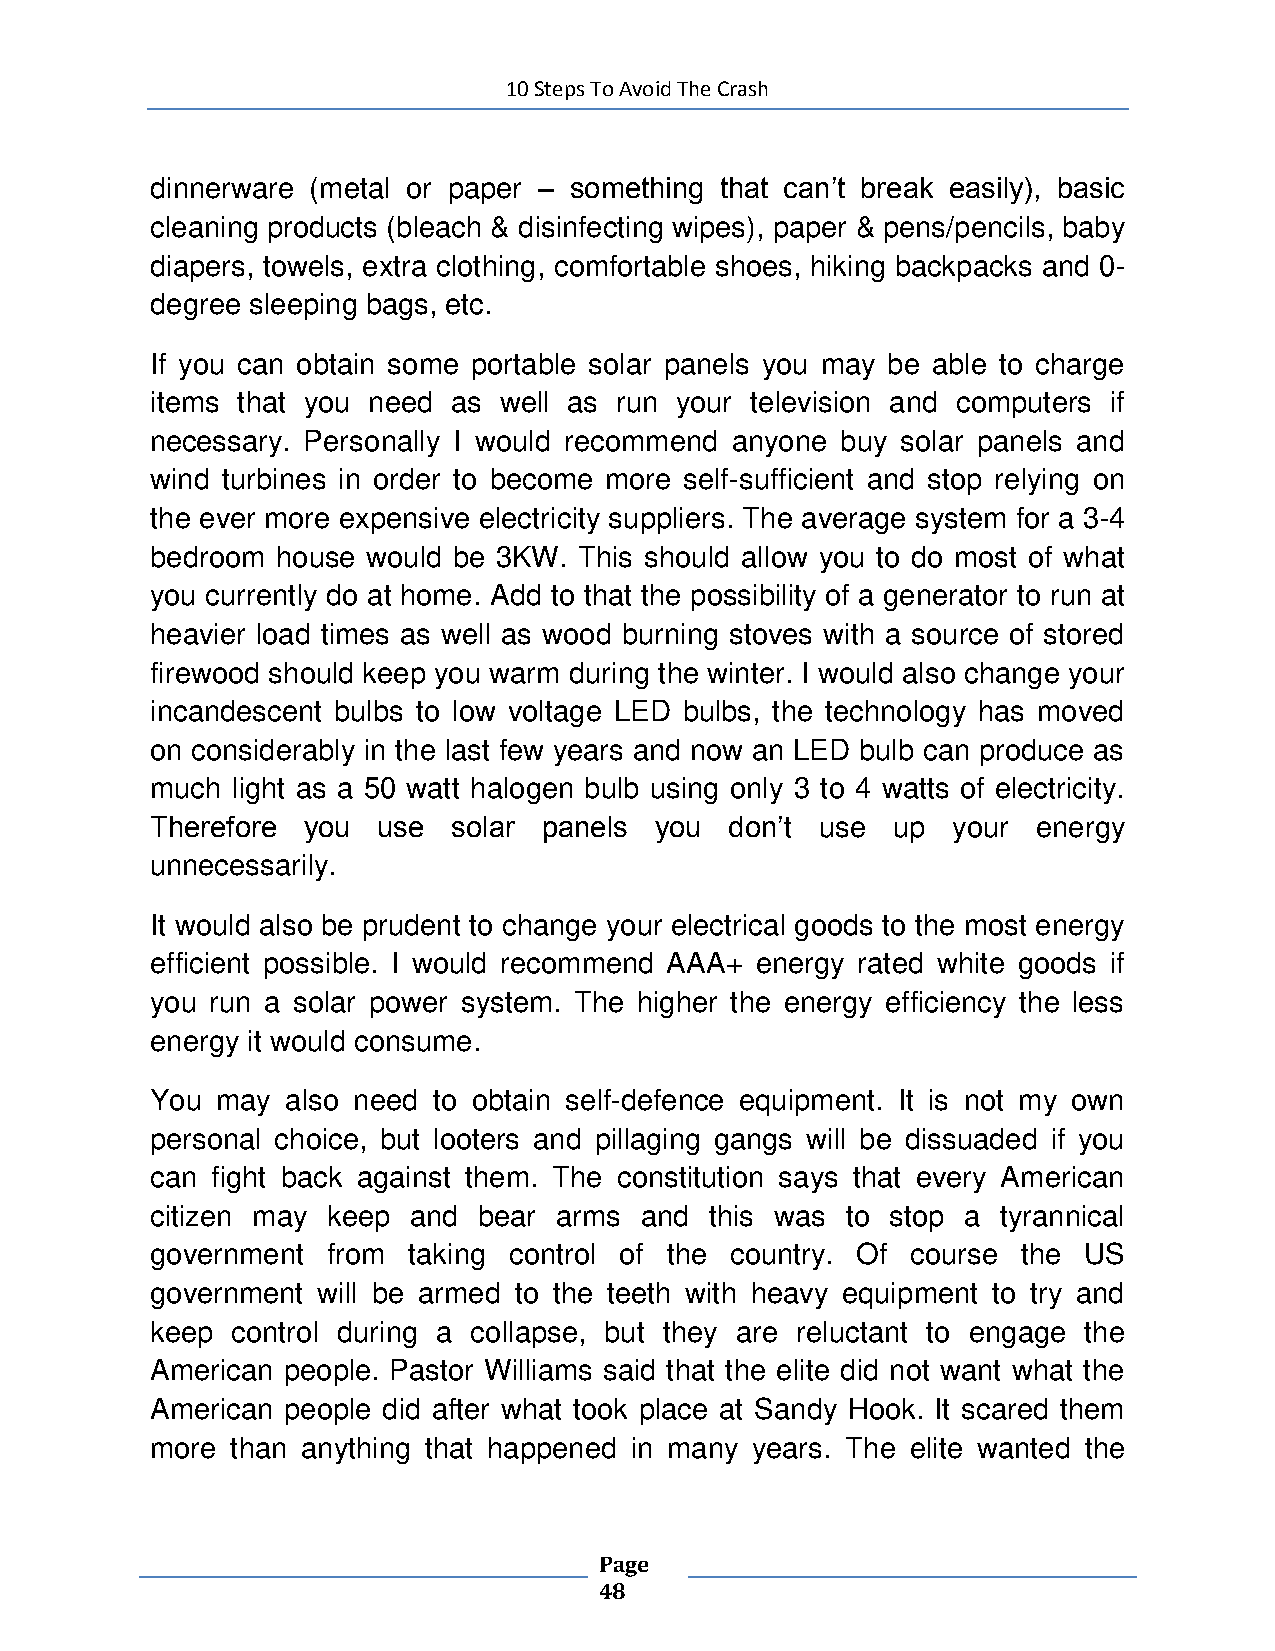
10 Steps To Avoid The Crash
 dinnerware (metal or paper – something that can’t break easily), basic
 cleaning products (bleach & disinfecting wipes), paper & pens/pencils, baby
 diapers, towels, extra clothing, comfortable shoes, hiking backpacks and 0-
 degree sleeping bags, etc.
 If you can obtain some portable solar panels you may be able to charge
 items that you need as well as run your television and computers if
 necessary. Personally I would recommend anyone buy solar panels and
 wind turbines in order to become more self-sufficient and stop relying on
 the ever more expensive electricity suppliers. The average system for a 3-4
 bedroom house would be 3KW. This should allow you to do most of what
 you currently do at home. Add to that the possibility of a generator to run at
 heavier load times as well as wood burning stoves with a source of stored
 firewood should keep you warm during the winter. I would also change your
 incandescent bulbs to low voltage LED bulbs, the technology has moved
 on considerably in the last few years and now an LED bulb can produce as
 much light as a 50 watt halogen bulb using only 3 to 4 watts of electricity.
 Therefore you  use  solar panels you  don’t use  up  your  energy
 unnecessarily.
 It would also be prudent to change your electrical goods to the most energy
 efficient possible. I would recommend AAA+ energy rated white goods if
 you run a solar power system. The higher the energy efficiency the less
 energy it would consume.
 You may  also need to obtain self-defence equipment. It is not my own
 personal choice, but looters and pillaging gangs will be dissuaded if you
 can fight back against them. The constitution says that every American
 citizen may keep and  bear arms and  this was to stop a tyrannical
 government  from taking control of the country. Of course the US
 government will be armed to the teeth with heavy equipment to try and
 keep control during a collapse, but they are reluctant to engage the
 American people. Pastor Williams said that the elite did not want what the
 American people did after what took place at Sandy Hook. It scared them
 more than anything that happened in many years. The elite wanted the
 Page
 48